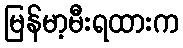
မြန်မာ့မီးရထားက